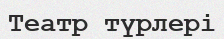
Театр түрлері